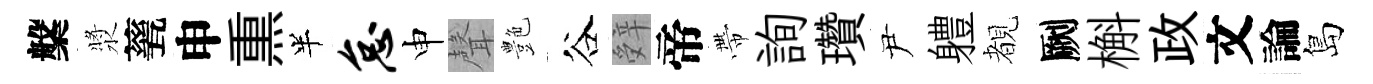
槃漿甆申𤋱半怠申聲艶谷辤帝帶詢瓚尹軆覩劂槲政文論島